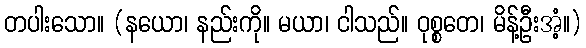
တပါးသော။ (နယော၊ နည်းကို။ မယာ၊ ငါသည်။ ဝုစ္စတေ၊ မိန့်ဦးအံ့။)